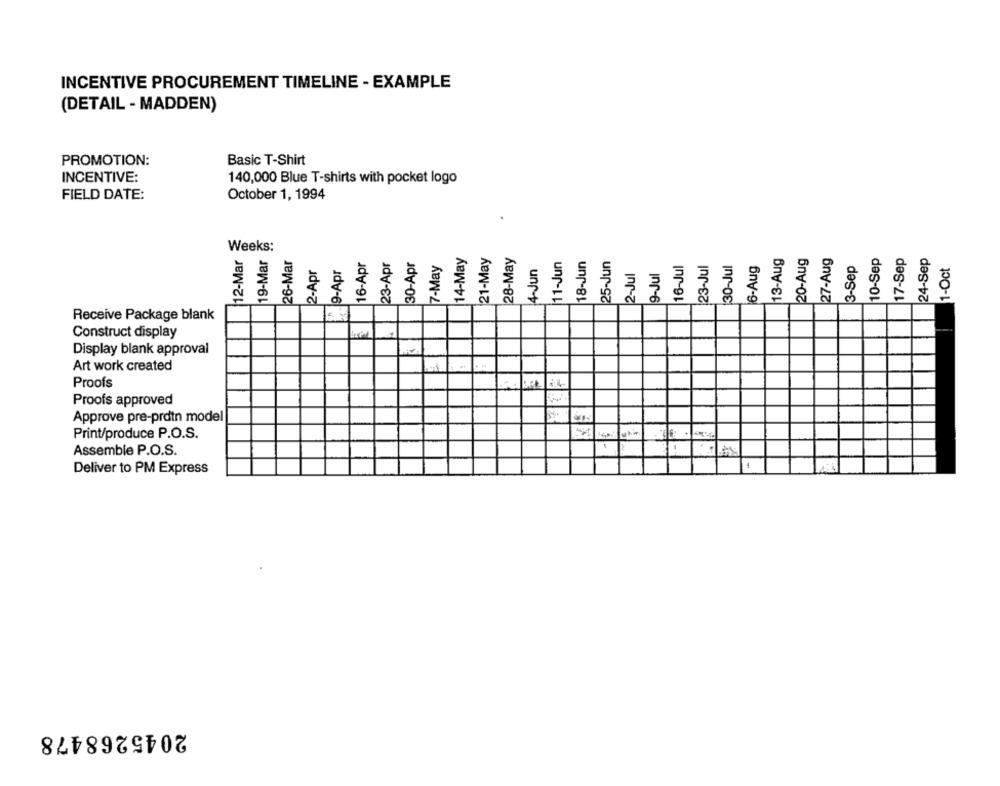
INCENTIVE PROCUREMENT TIMELINE - EXAMPLE
(DETAIL - MADDEN)
PROMOTION:
Basic T-Shirt
INCENTIVE:
140,000 Blue T-shirts with pocket logo
FIELD DATE:
October 1, 1994
19-Mar &
Weeks:
14-May
21-May
28-May
13-Aug
20-Aug
27-Aug
10-Sep
17-Sep
24-Sep
12-Mar
26-Mar
16-Apr
23-Apr
30-Apr
7-May
[11-Jun
18-Jun
25-Jun
16-Jul
23-Jul
6-Aug
3-Sep
1-Oct
2-Apr
9-Apr
4-Jun
2-Jul
9-Jul
3
Receive Package blank
Construct display
Display blank approval
Art work created
. -
Proofs
Proofs approved
Approve pre-prdtn model
Print/produce P.O.S.
Assemble P.O.S.
Deliver to PM Express
2045268478